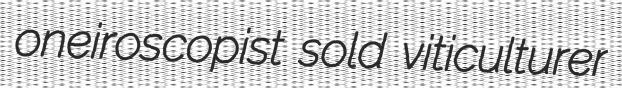
oneiroscopist sold viticulturer